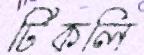
টিকলি